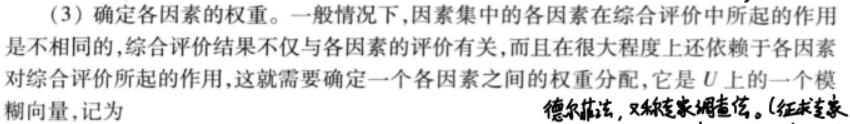
(3) 确定各因素的权重。一般情况下，因素集中的各因素在综合评价中所起的作用是不相同的，综合评价结果不仅与各因素的评价有关，而且在很大程度上还依赖于各因素对综合评价所起的作用，这就需要确定一个各因素之间的权重分配，它是$U$上的一个模糊向量，记为 德尔菲法，又称专家调查法。(征求专家